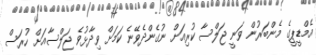
އެމްޑީޕީގެ މެންބަރުން ވަނީ ޖަލްސާ ކުރިއަށް ނުގެންދެވޭނެ ކަމަށް ވިދާޅުވެ ޖަލްސާއަށް ހުރަސް